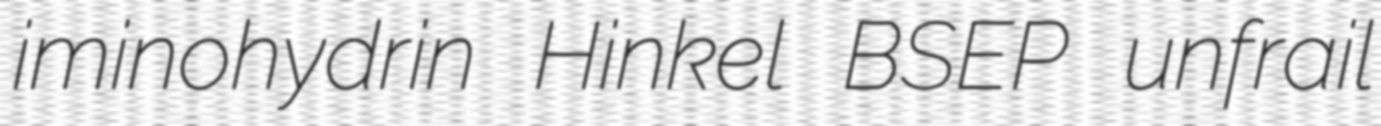
iminohydrin Hinkel BSEP unfrail